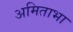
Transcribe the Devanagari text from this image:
अमिताभा